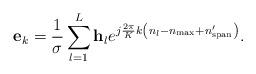
LaTeX: \begin{align*} {{\bf{e}}_k} = \frac{1}{{ \sigma }}\sum\limits_{l = 1}^L {{{\bf{h}}_l}{e^{j\frac{{2\pi }}{K}k\left( {{n_l} - {n_{\max }} + {n'_{{\rm{span}}}}} \right)}}}. \end{align*}